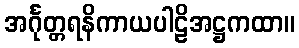
အင်္ဂုတ္တရနိကာယပါဠိအဋ္ဌကထာ။